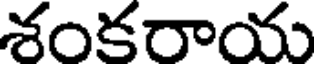
శంకరాయ